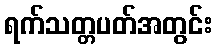
ရက်သတ္တပတ်အတွင်း